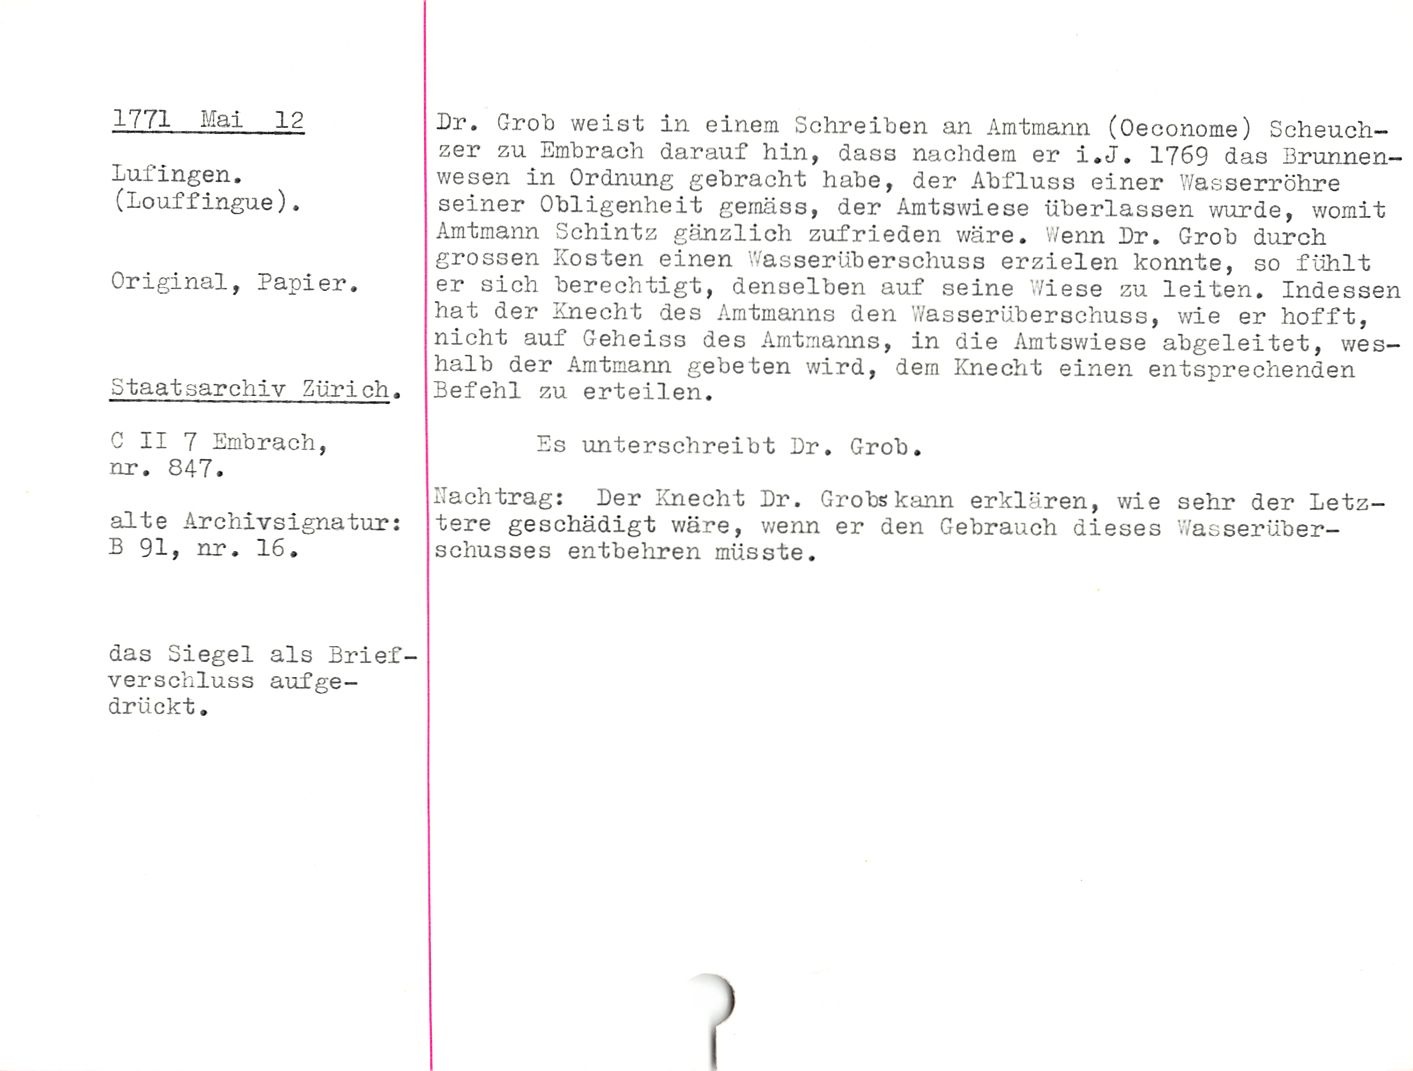
1771 Mai 12

Luf'ingen.
(Louffingue).

Original, Papier.

Staatsarchiv Zürich.

C II 7 Embrach,
nr. 847.

alte Archivsignatur:
B 91, nr. 16.

das Siegel als Brief-
Verschluss aufge¬
drückt .

Br. Grob weist in einem Schreiben an Amtmann (Oeconome) Scheuch-
zer zu Embrach darauf hin, dass nachdem er i.J. 1769 das Brunnen¬
wesen in Ordnung gebracht habe, der Abfluss einer Wasserrohre
seiner Obligenheit geinäss, der Amtswiese überlassen wurde, womit
Amtmann Schintz gänzlich zufrieden wäre. Wenn Br. Grob durch
grossen Kosten einen Wasserüberschuss erzielen konnte, so fühlt
er sich berechtigt, denselben auf seine Wiese zu leiten. Indessen
hat der Knecht des Amtmanns den Wasserüberschuss, wie er hofft,
nicht auf Geheiss des Amtmanns, in die Amtswiese abgeleitet, wes¬
halb der Amtmann gebeten wird, dein Knecht einen entsprechenden
Befehl zu erteilen.

Es unterschreibt Br. Grob.

Hachtrag: Der Knecht Br. Grobs kann erklären, wie sehr der Letz¬

tere geschädigt wäre, wenn er den Gebrauch dieses WasserÜber¬
schusses entbehren müsste.

)